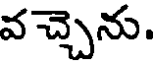
వచ్చెను.